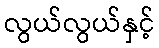
လွယ်လွယ်နှင့်